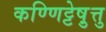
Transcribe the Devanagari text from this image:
कण्णिट्टेषु़त्तु